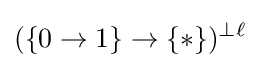
(\{0\to 1\}\to \{*\})^{\perp \ell }